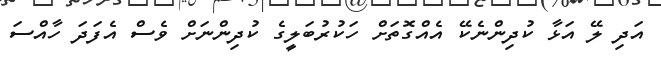
އަދި ލޭ އަޅާ ކުދިންނެކޭ އެއްގޮތަށް ހަކުރުބަލީގެ ކުދިންނަށް ވެސް އެފަދަ ހާއްސަ